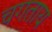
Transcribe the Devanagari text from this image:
चगताय